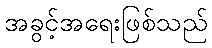
အခွင့်အရေးဖြစ်သည်